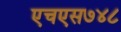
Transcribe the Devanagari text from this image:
एचएस७४८